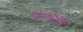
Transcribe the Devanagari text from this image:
त्याहूनि